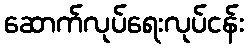
ဆောက်လုပ်ရေးလုပ်ငန်း